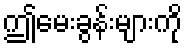
ဤမေးခွန်းများကို